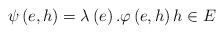
LaTeX: \begin{align*}\psi\left( e,h\right) =\lambda\left( e\right) .\varphi\left( e,h\right)h\in E\end{align*}